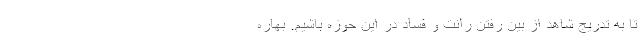
تا به تدریج شاهد از بین رفتن رانت و فساد در این حوزه باشیم. بهاره